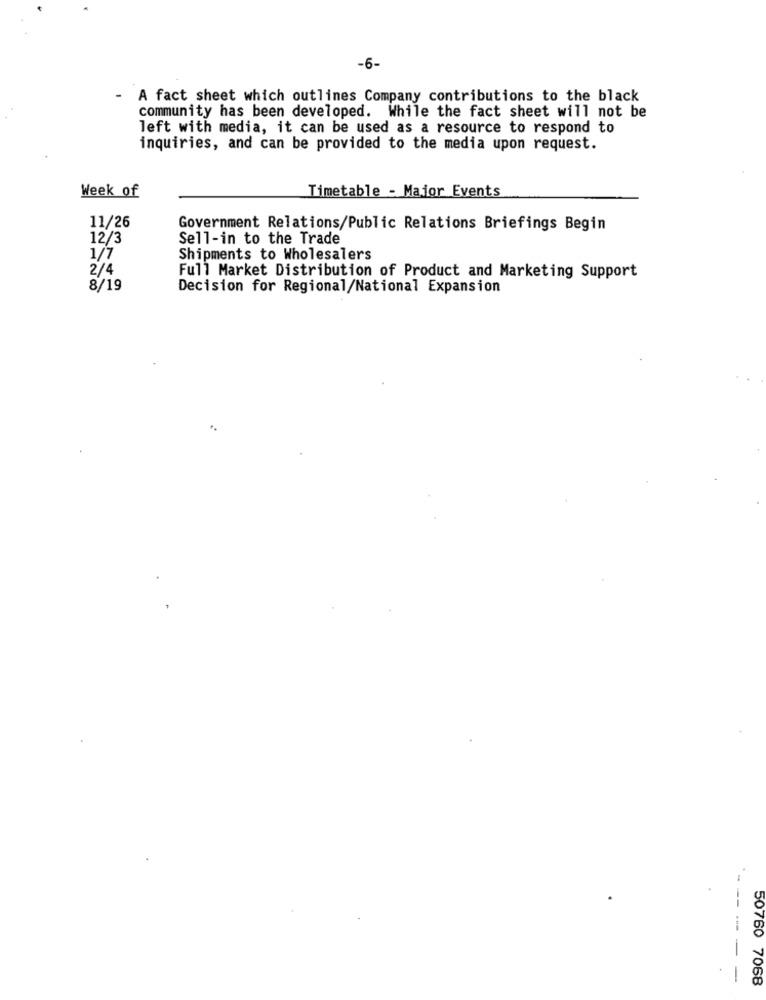
-6-
A fact sheet which outlines Company contributions to the black
community has been developed. While the fact sheet will not be
left with media, it can be used as a resource to respond to
inquiries, and can be provided to the media upon request.
Week of
Timetable - Major Events
11/26
Government Relations/Public Relations Briefings Begin
12/3
Sell-in to the Trade
1/7
Shipments to Wholesalers
2/4
Full Market Distribution of Product and Marketing Support
8/19
Decision for Regional/National Expansion
-----
--
50760 7068